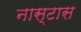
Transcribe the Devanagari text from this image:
नास्टास